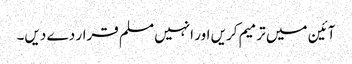
آئین میں ترمیم کریں اور انہیں مسلم قرار دے دیں۔